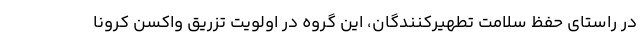
در راستای حفظ سلامت تطهیرکنندگان، این گروه در اولویت تزریق واکسن کرونا